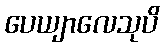
ပေယျာလေသုပိ